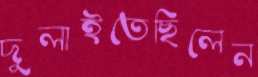
দুলাইতেছিলেন